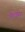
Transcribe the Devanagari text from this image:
फेल्ड्मन